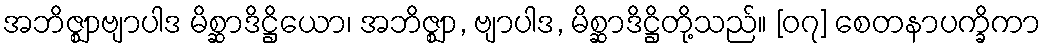
အဘိဇ္ဈာဗျာပါဒ မိစ္ဆာဒိဋ္ဌိယော၊ အဘိဇ္ဈာ, ဗျာပါဒ, မိစ္ဆာဒိဋ္ဌိတို့သည်။ [၀၇] စေတနာပက္ခိကာ